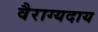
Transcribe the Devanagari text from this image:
वैराग्यदाय